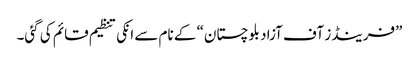
”فرینڈز آف آزاد بلوچستان“ کے نام سے انکی تنظیم قائم کی گئی۔